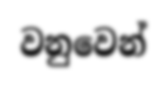
වනුවෙන්